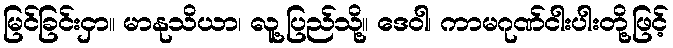
မြင်ခြင်းငှာ။ မာနုသိယာ၊ လူ့ပြည်သို့။ ဒေဝါ၊ ကာမဂုဏ်ငါးပါးတို့ဖြင့်